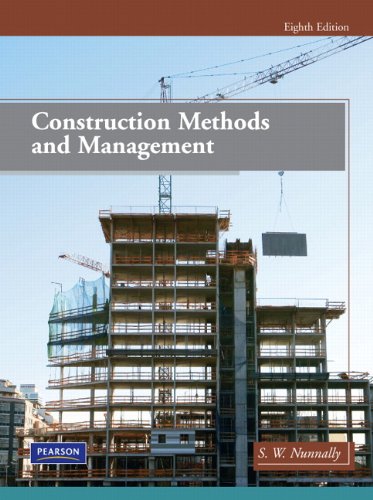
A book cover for Construction Methods and Management (8th Edition); Stephens W. Nunnally; Arts & Photography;